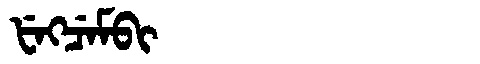
Manchu: ᡶᡝᡴᠴᡝᠮᠪᡳ
Romanization: FEKCEMBI